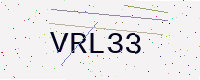
Text: VRL33